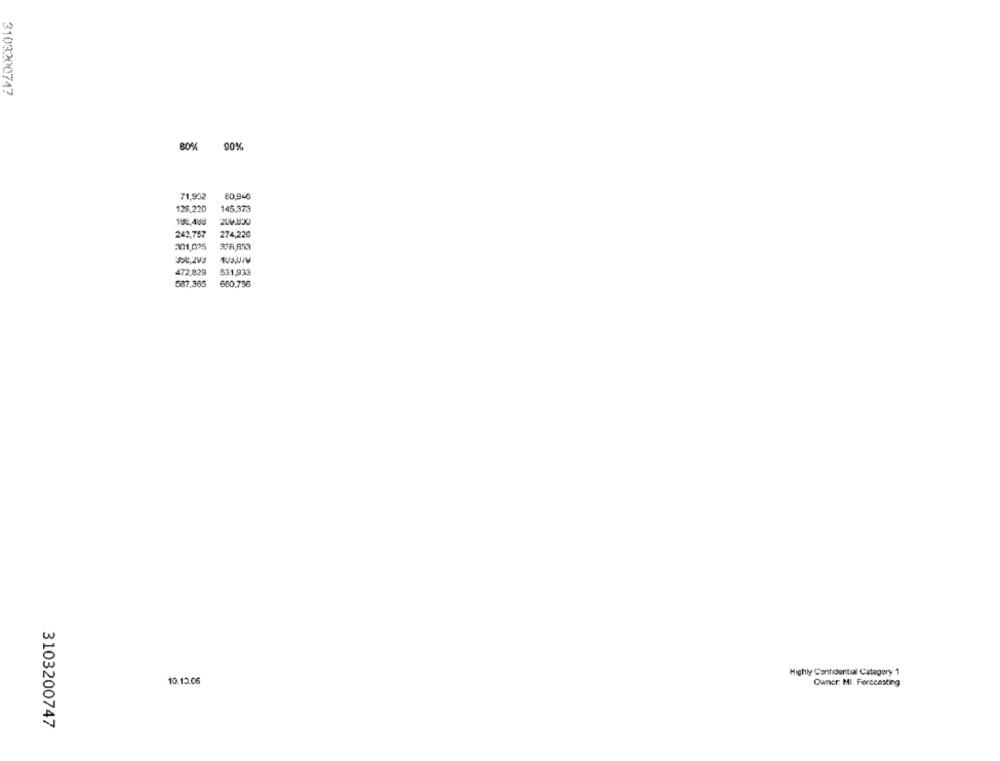
3103200747
80% 90%
71,902
60,9-6
128,220
145,373
243,757
274,226
301,005
ASR,A53
472,829
531,933
587.365
660,756
Highly Confidential Category 1
10.13.06
Owner: MI. Forecasting
3103200747